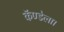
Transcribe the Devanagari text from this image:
कॅण्डेला।